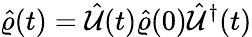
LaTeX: \hat{\varrho}(t)=\hat{\mathcal{U}}(t)\hat{\varrho}(0)\hat{\mathcal{U}}^{\dagger}(t)